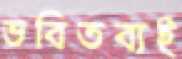
ভবিতব্যই